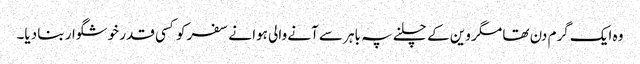
وہ ایک گرم دن تھا مگر وین کے چلنے پہ باہر سے آنے والی ہوا نے سفر کو کسی قدر خوشگوار بنا دیا۔